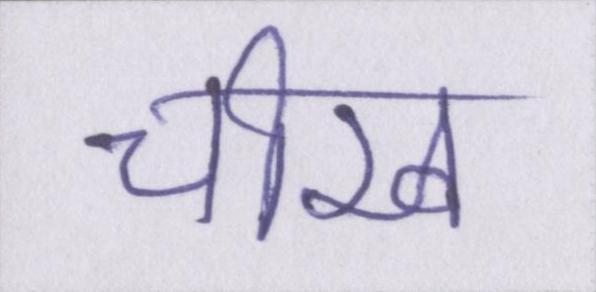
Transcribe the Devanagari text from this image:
चीख